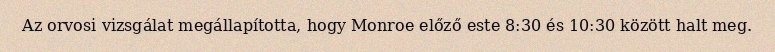
Az orvosi vizsgálat megállapította, hogy Monroe előző este 8:30 és 10:30 között halt meg.